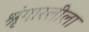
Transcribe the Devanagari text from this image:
श्रृंगारलीला